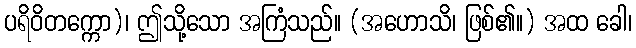
ပရိဝိတက္ကော)၊ ဤသို့သော အကြံသည်။ (အဟောသိ၊ ဖြစ်၏။) အထ ခေါ၊